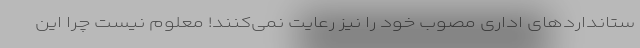
ستانداردهای اداری مصوب خود را نیز رعایت نمی‌کنند! معلوم نیست چرا این